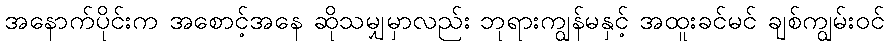
အနောက်ပိုင်းက အစောင့်အနေ ဆိုသမျှမှာလည်း ဘုရားကျွန်မနှင့် အထူးခင်မင် ချစ်ကျွမ်းဝင်